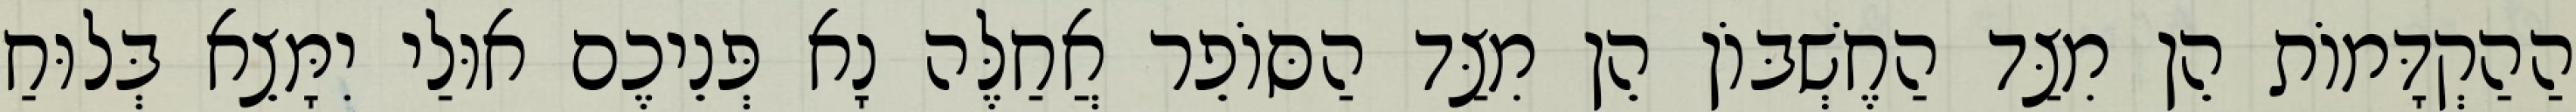
הַהַקְדָּמוֹת הֵן מִצַּד הַחֶשְׁבּוֹן הֵן מִצַּד הַסּוֹפֵר אֲחַלֶּה נָא פְּנֵיכֶם אוּלַי יִמָּצֵא בְּלוּחַ